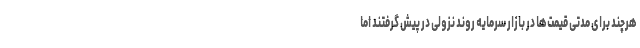
هرچند برای مدتی قیمت‌ها در بازار سرمایه روند نزولی در پیش گرفتند اما